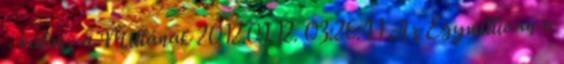
- válasz a Millának 2012.01.12. 03:26:41 Az Egymillióan a